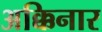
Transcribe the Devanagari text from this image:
अक्किनार